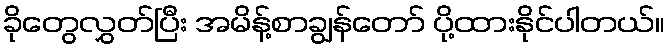
ခိုတွေလွှတ်ပြီး အမိန့်စာချွန်တော် ပို့ထားနိုင်ပါတယ်။